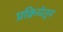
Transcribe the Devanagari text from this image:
प्रक्रियेतुन